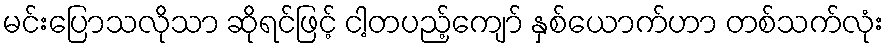
မင်းပြောသလိုသာ ဆိုရင်ဖြင့် ငါ့တပည့်ကျော် နှစ်ယောက်ဟာ တစ်သက်လုံး